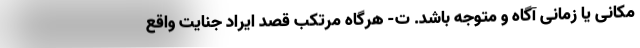
مکانی یا زمانی آگاه و متوجه باشد. ت- هرگاه مرتکب قصد ایراد جنایت واقع